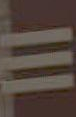
=